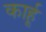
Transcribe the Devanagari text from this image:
कार्हू